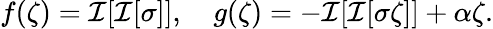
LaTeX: f(\zeta)=\mathcal{I}[\mathcal{I}[\sigma]],\quad g(\zeta)=-\mathcal{I}[\mathcal{I}[\sigma\zeta]]+\alpha\zeta.